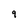
Character: 9